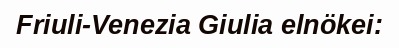
Friuli-Venezia Giulia elnökei: